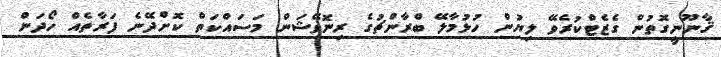
ޤާނޫނީގޮތުން ގެޒެޓްކުރެވޭ ލިޔުން ހުޅުމާލޭ ބްރާންޗުގެ ރިނޮވޭޝަން މަސައްކަތް ކޮށްދޭނެ ފަރާތެއް ހޯދަން